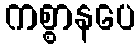
ကစ္စာနပေ